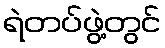
ရဲတပ်ဖွဲ့တွင်